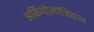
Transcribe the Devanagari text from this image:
अर्कियोलोजिकल